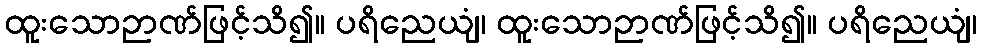
ထူးသောဉာဏ်ဖြင့်သိ၍။ ပရိညေယျံ၊ ထူးသောဉာဏ်ဖြင့်သိ၍။ ပရိညေယျံ၊